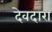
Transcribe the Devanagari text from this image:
देवदारा